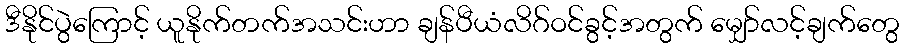
ဒီနိုင်ပွဲကြောင့် ယူနိုက်တက်အသင်းဟာ ချန်ပီယံလိဂ်ဝင်ခွင့်အတွက် မျှော်လင့်ချက်တွေ